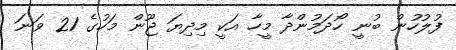
ފުލުހުން ބުނީ ހޯދަމުންދާ މީހާ އަކީ މިދިޔަ ޖޫން މަހުގެ 21 ވަނަ